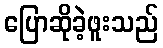
ပြောဆိုခဲ့ဖူးသည်